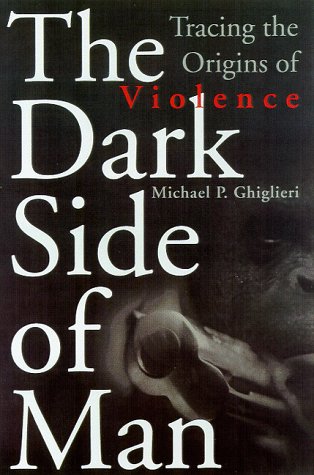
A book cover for The Dark Side of Man: Tracing the Origins of Violence; Michael P. Ghiglieri; Politics & Social Sciences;